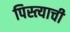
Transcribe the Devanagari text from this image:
पिस्त्याची